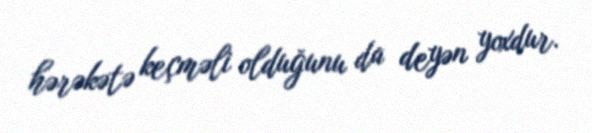
hərəkətə keçməli olduğunu da deyən yoxdur.